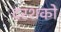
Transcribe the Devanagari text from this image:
दरशको